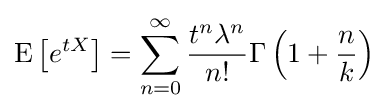
\operatorname {E} \left[e^{tX}\right]=\sum _{n=0}^{\infty }{\frac {t^{n}\lambda ^{n}}{n!}}\Gamma \left(1+{\frac {n}{k}}\right)